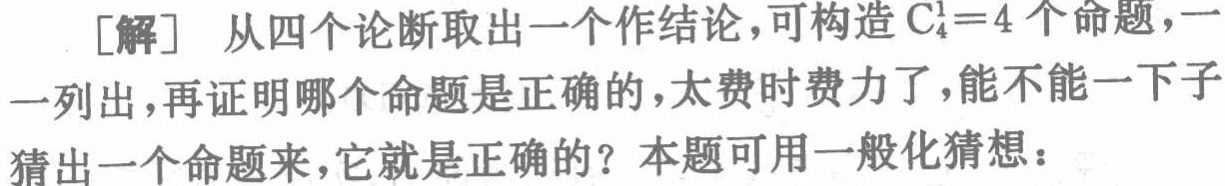
[解] 从四个论断取出一个作结论，可构造\(C_{4}^{1}=4\)个命题，一一列出，再证明哪个命题是正确的，太费时费力了，能不能一下子猜出一个命题来，它就是正确的？本题可用一般化猜想：